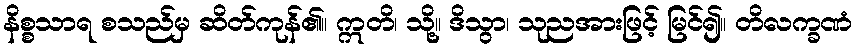
နိစ္စသာရ စသည်မှ ဆိတ်ကုန်၏။ ဣတိ၊ သို့။ ဒိသွာ၊ သုညအားဖြင့် မြင်၍။ တိလက္ခဏံ